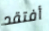
أفتقد